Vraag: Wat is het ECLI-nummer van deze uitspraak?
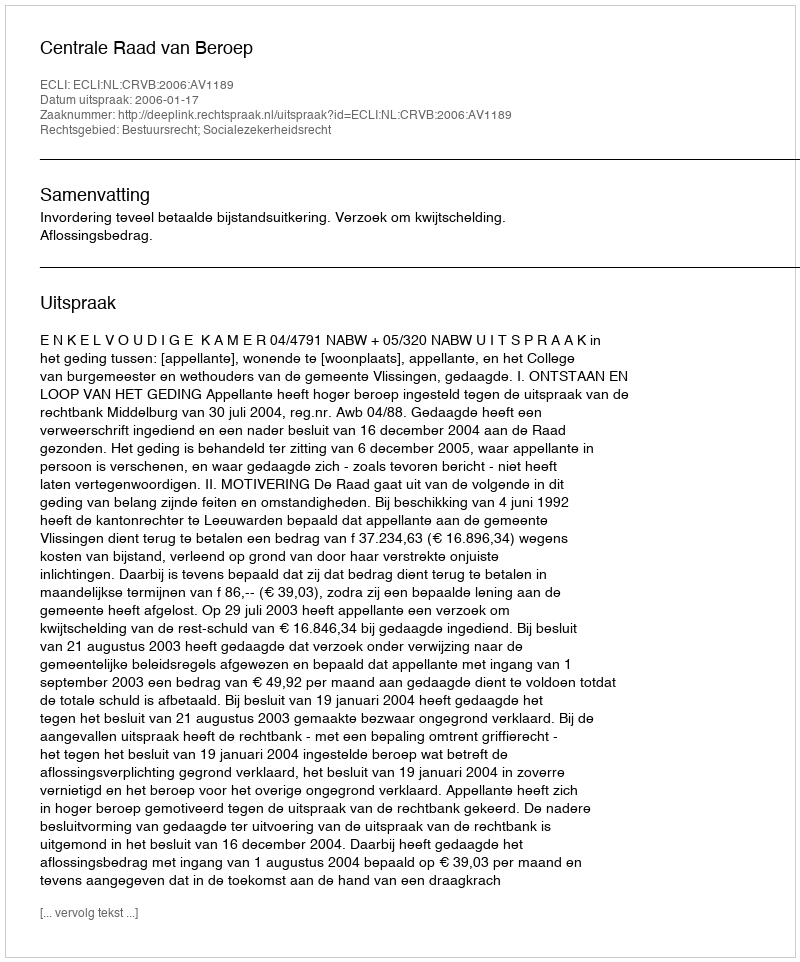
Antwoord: ECLI:NL:CRVB:2006:AV1189